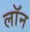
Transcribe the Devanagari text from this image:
लाॅन